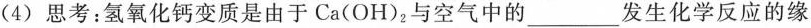
(4)思考：氢氧化钙变质是由于Ca(OH)_{2}与空气中的___发生化学反应的缘